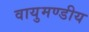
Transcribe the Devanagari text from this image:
वायुमण्डीय